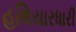
હથિયારધારી